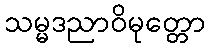
သမ္မဒညာဝိမုတ္တော